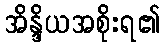
အိန္ဒိယအစိုးရ၏